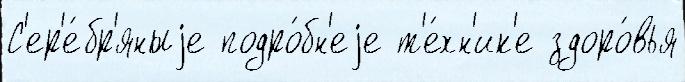
С'ер'е́бр'яныjе подро́бн'еjе т'е́хн'ик'е здоро́вья